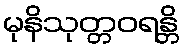
မုနိသုတ္တဝရန္တိ